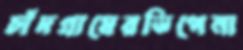
চাঁদগ্রামেরডিপেনা